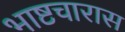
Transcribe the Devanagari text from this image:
भाष्टचारास